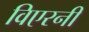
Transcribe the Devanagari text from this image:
विएरनी